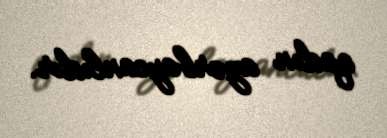
qadın azərbaycanlıdır.